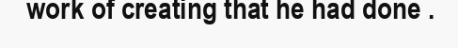
work of creating that he had done .